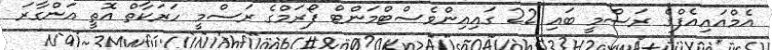
އެމްއައިއެފްގެ ރަސްމީ ބައި 22 ގައިއިންވެސްޓްމަންޓް ފޯރަމްގެ ރަސްމީ ހަރަކާތް އޮތީ އަންގާރަ